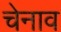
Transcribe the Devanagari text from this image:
चेनाव